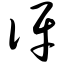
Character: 伢